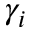
\gamma _ { i }